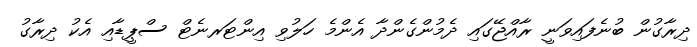
ދިރާގުން ބުނެފައިވަނީ ރާއްޖޭގައި ދެމުންގެންދާ އެންމެ ހަލުވި އިންޓަރނެޓް ސްޕީޑާއި އެކު ދިރާގު